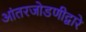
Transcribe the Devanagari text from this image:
आंतरजोडणीद्वारे